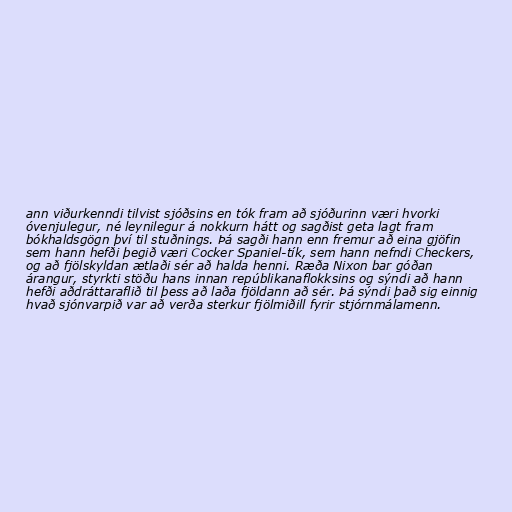
ann viðurkenndi tilvist sjóðsins en tók fram að sjóðurinn væri hvorki
óvenjulegur, né leynilegur á nokkurn hátt og sagðist geta lagt fram
bókhaldsgögn því til stuðnings. Þá sagði hann enn fremur að eina gjöfin
sem hann hefði þegið væri Cocker Spaniel-tík, sem hann nefndi Checkers,
og að fjölskyldan ætlaði sér að halda henni. Ræða Nixon bar góðan
árangur, styrkti stöðu hans innan repúblikanaflokksins og sýndi að hann
hefði aðdráttaraflið til þess að laða fjöldann að sér. Þá sýndi það sig einnig
hvað sjónvarpið var að verða sterkur fjölmiðill fyrir stjórnmálamenn.